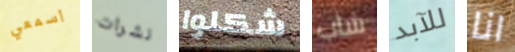
اسمعي نشرات شكلوا شاب للآبد انا